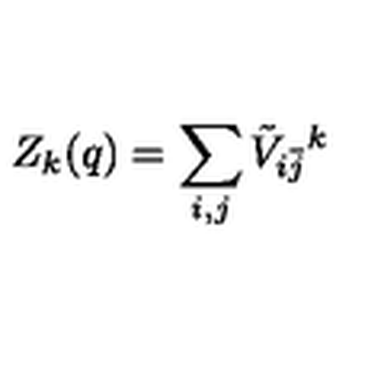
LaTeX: Z _ { k } ( q ) = \sum _ { i , j } { \tilde { V } } _ { i \bar { j } } { } ^ { k }